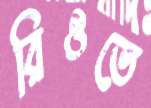
রিওতে